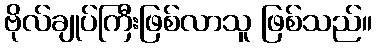
ဗိုလ်ချုပ်ကြီးဖြစ်လာသူ ဖြစ်သည်။